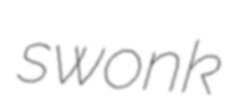
swonk